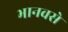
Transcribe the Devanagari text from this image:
भानवसे